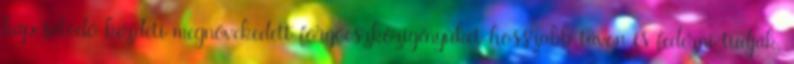
kapcsolódó kezdeti megnövekedett forgóeszközigényüket hosszabb távon is fedezni tudják,